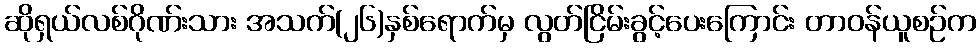
ဆိုရှယ်လစ်ဂိုဏ်းသား အသက်(၂၆)နှစ်ရောက်မှ လွတ်ငြိမ်းခွင့်ပေးကြောင်း တာဝန်ယူစဉ်က